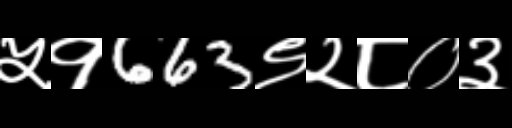
Text: ५१663९२८०३